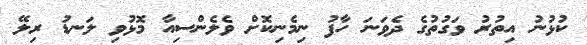
ކުޅުނު އިތުރު ވަގުތުގެ ދެވަނަ ހާފު ނިމެނިކޮށް ވެލެންސިއާ މޮޅުވި ލަނޑު ރިލޭ